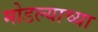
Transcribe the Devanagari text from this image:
मोडल्याच्या